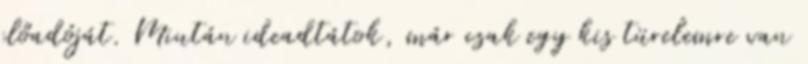
előadóját. Miután ideadtátok, már csak egy kis türelemre van